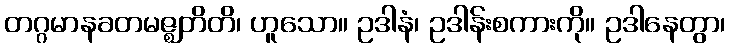
တဂ္ဂမာနခတမဇ္ဈတိတိ၊ ဟူသော။ ဥဒါနံ၊ ဥဒါန်းစကားကို။ ဥဒါနေတွာ၊